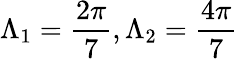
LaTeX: \Lambda_{1}=\frac{2\pi}{7},\Lambda_{2}=\frac{4\pi}{7}